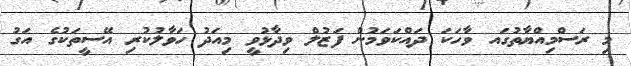
މި ރަސްމިއްޔާތުގައ ވާހަކަ ދައްކަވަމުން ފަޒުލް ވިދާޅުވީީ މިއަދު ހަވާލުކުރި އޭސީތަކުގެ އަގު